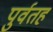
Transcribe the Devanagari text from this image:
पुर्वतह